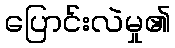
ပြောင်းလဲမှု၏